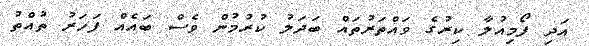
އަދި ފޯމިއުލާ ކިރުގެ ވައްތަރުތައް ބަދަލު ކުރުމުން ވެސް ބައެއް ފަހަރު ތުއްތު